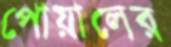
পোয়ালের